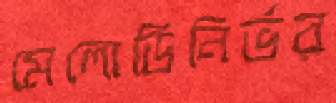
মেলোডিনির্ভর